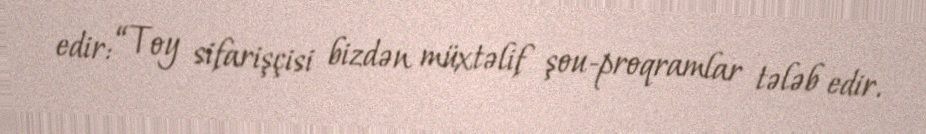
edir: “Toy sifarişçisi bizdən müxtəlif şou-proqramlar tələb edir.